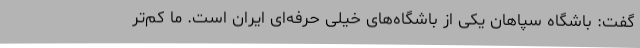
گفت:‌ باشگاه سپاهان یکی از باشگاه‌های خیلی حرفه‌ای ایران است. ما کم‌تر